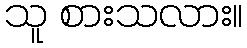
သူ စားသလား။